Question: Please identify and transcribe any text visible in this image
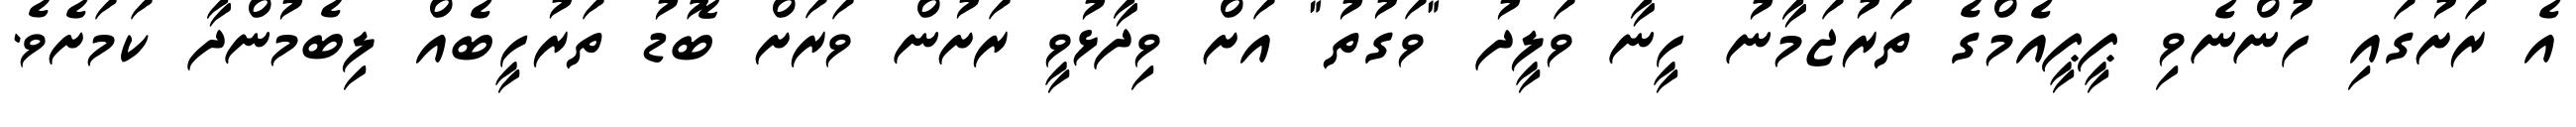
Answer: އެ ރަށުގައި ހުންނެވި ޕީޕީއެމްގެ ތަރުޖަމާނު ހީނާ ވަލީދު "ވަގުތު" އަށް ވިދާޅުވީ ރަށުން ވަރަށް ބޮޑު ތަރުހީބެއް ލިބެމުންދާ ކަމަށެވެ.